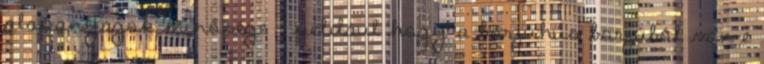
alapanyagok minősége – például hogy a borjúhús borjúból van-e